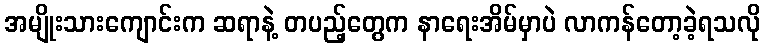
အမျိုးသားကျောင်းက ဆရာနဲ့ တပည့်တွေက နာရေးအိမ်မှာပဲ လာကန်တော့ခဲ့ရသလို